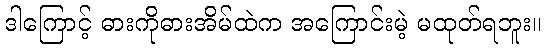
ဒါကြောင့် ဓားကိုဓားအိမ်ထဲက အကြောင်းမဲ့ မထုတ်ရဘူး။